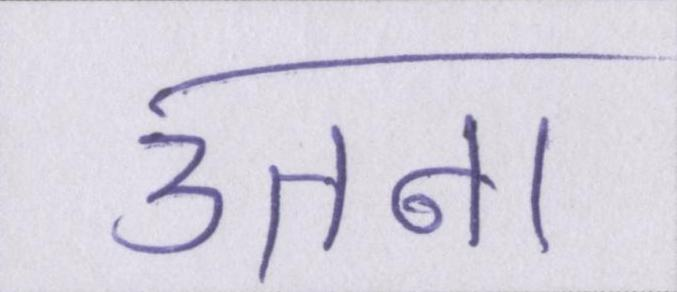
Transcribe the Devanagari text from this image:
उतना